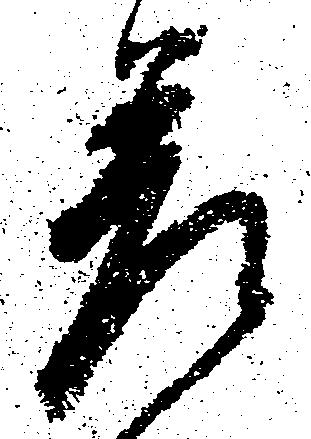
差